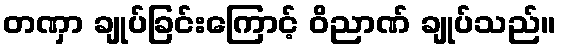
တဏှာ ချုပ်ခြင်းကြောင့် ဝိညာဏ် ချုပ်သည်။